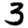
Digit: 3